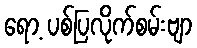
ရော့ ပစ်ပြလိုက်စမ်းဗျာ